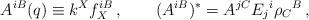
LaTeX: \begin{align*}A^{iB}(q)\equiv k^Xf_X^{iB}\,, \qquad(A^{iB})^*=A^{jC}E_j{}^i\rho_C{}^B\,,\end{align*}